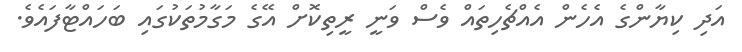
އަދި ކިޔާންގެ އެހެން އެއްޗެހިތައް ވެސް ވަނީ ރީތިކޮށް އޭގެ މަގާމުތަކުގައި ބަހައްޓާފައެވެ.